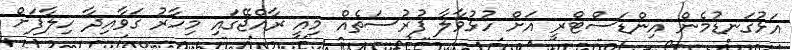
އަޅުގަނޑުމެން އިންޑަސްޓްރީ އަށް ހުޅުވާލާ ފުރުސަތެއް މިއީ ރާއްޖޭގައި މިހާރު ގަވާއިދާ ހިލާފަށް